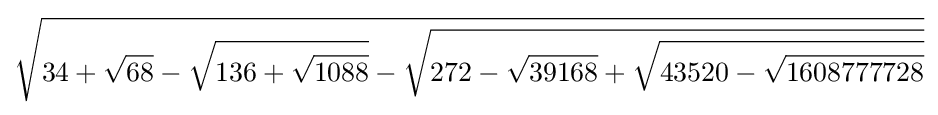
{\sqrt {34+{\sqrt {68}}-{\sqrt {136+{\sqrt {1088}}}}-{\sqrt {272-{\sqrt {39168}}+{\sqrt {43520-{\sqrt {1608777728}}}}}}}}